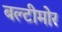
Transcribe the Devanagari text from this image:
बल्टीमोर